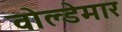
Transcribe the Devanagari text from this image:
वोल्डेमार